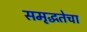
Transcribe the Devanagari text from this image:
समृद्धतेचा